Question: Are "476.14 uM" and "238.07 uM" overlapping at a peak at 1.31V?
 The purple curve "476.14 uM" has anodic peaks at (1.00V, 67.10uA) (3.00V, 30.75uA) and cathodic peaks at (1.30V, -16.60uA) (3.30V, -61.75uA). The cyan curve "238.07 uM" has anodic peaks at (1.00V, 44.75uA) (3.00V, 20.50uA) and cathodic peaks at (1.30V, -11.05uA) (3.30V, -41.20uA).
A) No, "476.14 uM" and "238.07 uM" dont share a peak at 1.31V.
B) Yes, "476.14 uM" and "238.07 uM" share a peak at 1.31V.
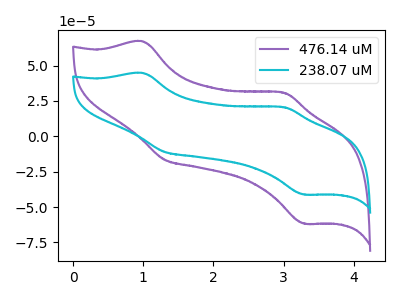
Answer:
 <answer>B) Yes, "476.14 uM" and "238.07 uM" share a peak at 1.31V.</answer>
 <eval>B</eval>